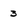
Character: 3